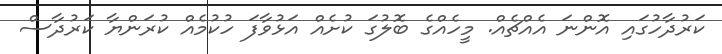
ކަރުދާހުގައި އޮންނަ އެއްޗެއް. މީހެއްގެ ބޮލުގަ ކުށެއް އަޅުވާފަ ހުކުމެއް ކުރަންޔާ ކަރުދާސް